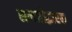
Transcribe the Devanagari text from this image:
समजोद्धारक